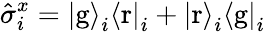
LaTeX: \hat{\sigma}_{i}^{x}=\left|\mathrm{g}\right\rangle_{i}\left\langle\mathrm{r}\right|_{i}+\left|\mathrm{r}\right\rangle_{i}\left\langle\mathrm{g}\right|_{i}